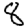
Digit: 8